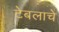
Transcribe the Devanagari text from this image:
टेबलाचे